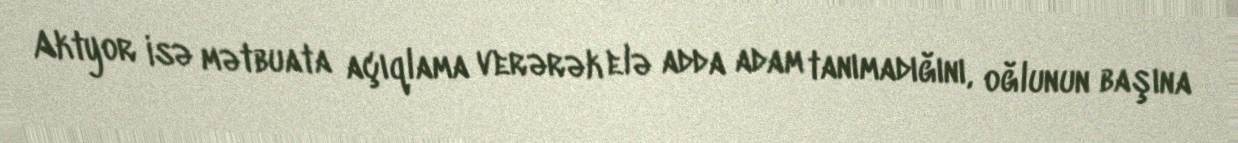
Aktyor isə mətbuata açıqlama verərək elə adda adam tanımadığını, oğlunun başına